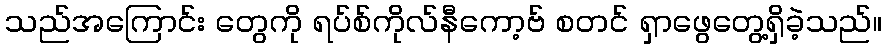
သည်အကြောင်း တွေကို ရပ်စ်ကိုလ်နီကော့ဗ် စတင် ရှာဖွေတွေ့ရှိခဲ့သည်။